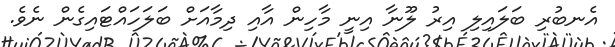
އެނބުރި ބަލައިލި އިރު ލޫނާ އިނީ މާހިން އާއި ދިމާއަށް ބަލަހައްޓައިގެން ނެވެ.